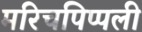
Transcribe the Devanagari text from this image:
मरिचपिप्पली